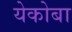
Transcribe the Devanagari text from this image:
येकोबा